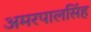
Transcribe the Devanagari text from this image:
अमरपालसिंह